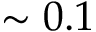
\sim 0 . 1